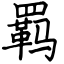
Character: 羁